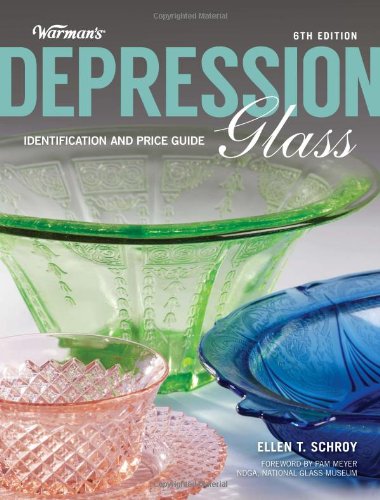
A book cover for Warman's Depression Glass: Identification and Price Guide; Ellen Schroy; Crafts, Hobbies & Home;